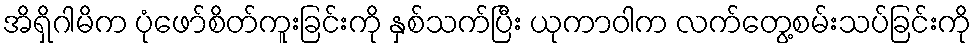
အိရှိဂါမိက ပုံဖော်စိတ်ကူးခြင်းကို နှစ်သက်ပြီး ယုကာဝါက လက်တွေ့စမ်းသပ်ခြင်းကို